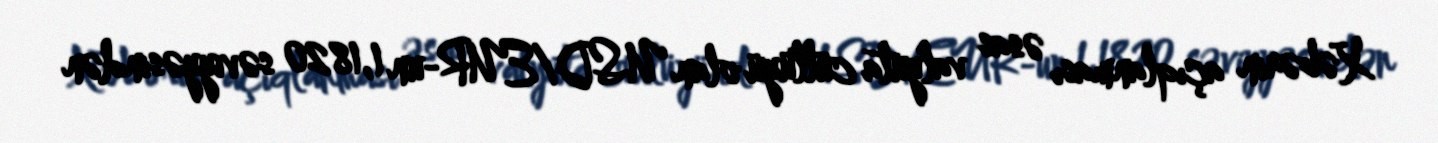
Xəbərin açıqlanması əsas valyuta cütlüyü olan USD/EUR-un 1,1820 səviyyəsindən